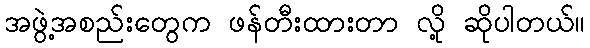
အဖွဲ့အစည်းတွေက ဖန်တီးထားတာ လို့ ဆိုပါတယ်။